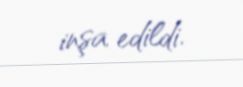
inşa edildi.